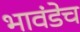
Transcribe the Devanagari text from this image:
भावंडेच